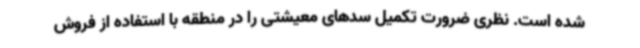
شده است. نظری ضرورت تکمیل سدهای معیشتی را در منطقه با استفاده از فروش